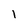
Character: l